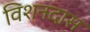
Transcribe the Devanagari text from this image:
विशनदास